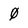
Character: 0